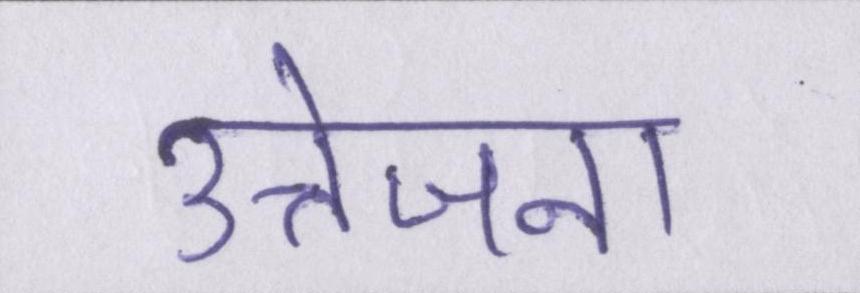
उत्तेजना